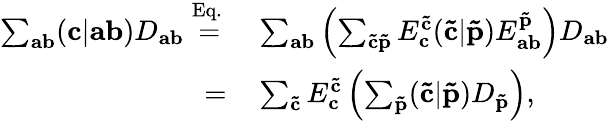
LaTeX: \begin{array}{rl}{\sum_{\mathbf{ab}}(\mathbf{c}|\mathbf{a}\mathbf{b})D_{\mathbf{ab}}\overset{\mathrm{Eq.\, }}{=}}&{{}\sum_{\mathbf{ab}}\left(\sum_{\mathbf{\tilde{c}\tilde{p}}}E_{\mathbf{c}}^{\mathbf{\tilde{c}}}(\mathbf{\tilde{c}}|\mathbf{\tilde{p}})E_{\mathbf{ab}}^{\mathbf{\tilde{p}}}\right)D_{\mathbf{ab}}}\\ {=}&{{}\sum_{\mathbf{\tilde{c}}}E_{\mathbf{c}}^{\mathbf{\tilde{c}}}\left(\sum_{\mathbf{\tilde{p}}}(\mathbf{\tilde{c}}|\mathbf{\tilde{p}})D_{\mathbf{\tilde{p}}}\right),}\end{array}